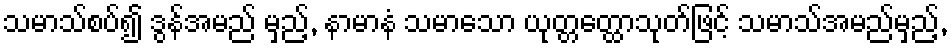
သမာသ်စပ်၍ ဒွန်အမည် မှည့်, နာမာနံ သမာသော ယုတ္တတ္ထောသုတ်ဖြင့် သမာသ်အမည်မှည့်,